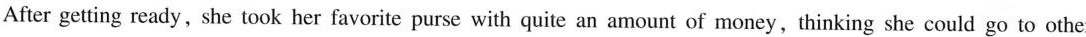
After getting ready, she took her favorite purse with quite an amount of money,thinking she could go to other